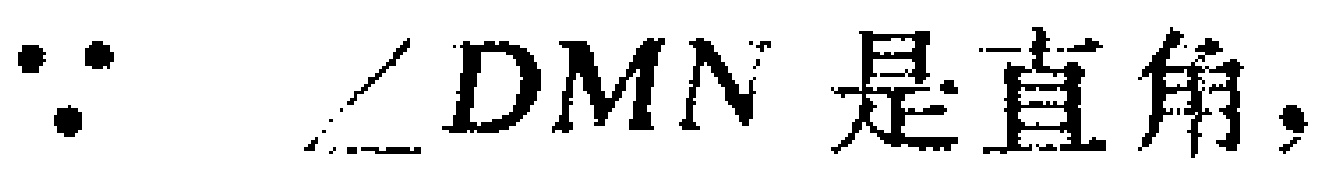
$\because \angle DMN$ 是直角，